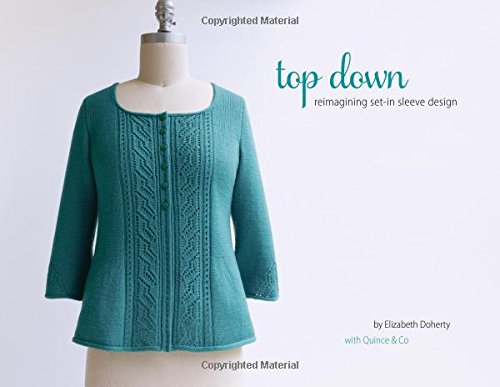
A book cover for Top Down: Reimagining Set-In Sleeve Design; Elizabeth Doherty; Crafts, Hobbies & Home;